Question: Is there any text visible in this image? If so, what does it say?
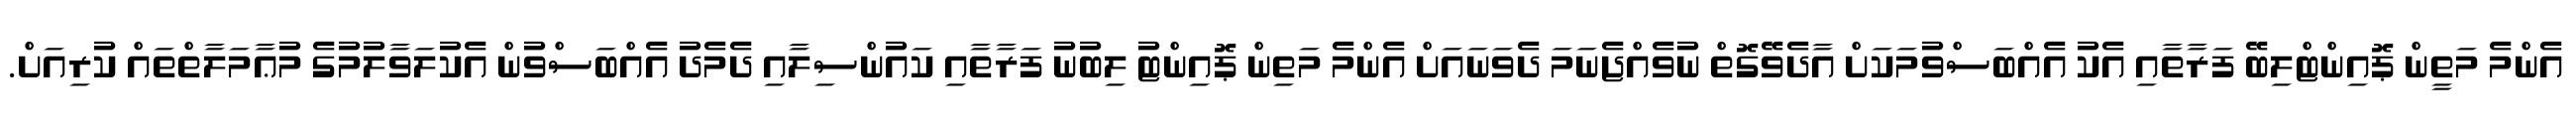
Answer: އެންމެ މަތީން ޕޮއިންޓްލިބޭ ފަރާތާއި އެކު އެއްބަސްވުމަކަށް އާދެވޭގޮތް ނުވެއްޖެނަމަ ދެވަނައަށް އެންމެ މަތިން ޕޮއިންޓު ލިބުނު ފަރާތާއި ކައުންސިލާއި ދެމެދު އެއްބަސްވުން އެކުލަވާލުމުގެ މުޢާމަލާތްތައް ކުރިއަށް.